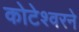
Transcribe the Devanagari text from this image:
कोटेश्वरने